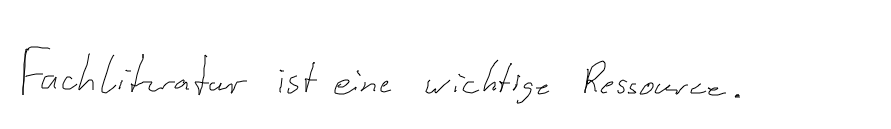
Fachliteratur ist eine wichtige Ressource.